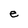
Character: e